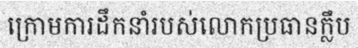
ក្រោមការដឹកនាំរបស់លោកប្រធានក្លឹប